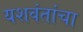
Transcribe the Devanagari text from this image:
यशवंतांचा